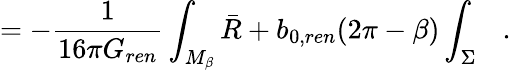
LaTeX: =-{\frac{1}{16\pi G_{ren}}}\int_{M_{\beta}}\bar{R}+b_{0,ren}(2\pi-\beta)\int_{\Sigma}~~~.